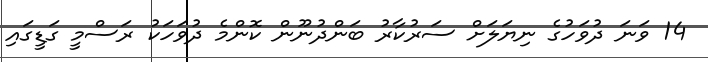
14 ވަނަ ދުވަހުގެ ނިޔަލަށް ސަރުކާރު ބަންދުނޫން ކޮންމެ ދުވަހަކު ރަސްމީ ގަޑީގައި